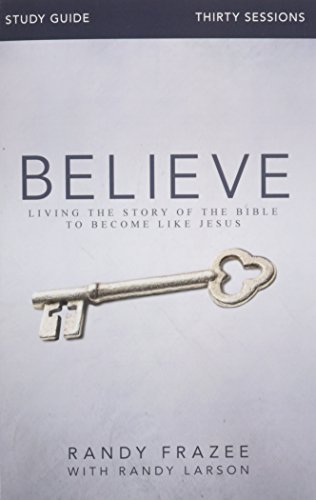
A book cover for Believe Study Guide: Living the Story of the Bible to Become Like Jesus; Randy Frazee; Christian Books & Bibles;